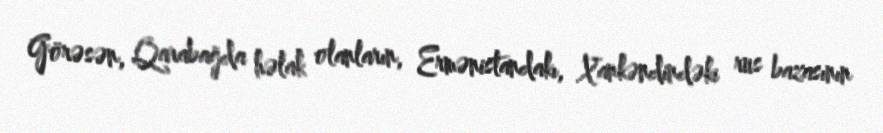
Görəsən, Qarabağda həlak olanların, Ermənistandakı, Xankəndindəki rus bazasının